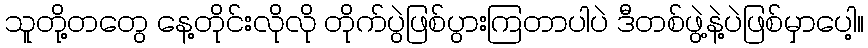
သူတို့တတွေ နေ့တိုင်းလိုလို တိုက်ပွဲဖြစ်ပွားကြတာပါပဲ ဒီတစ်ဖွဲ့နဲ့ပဲဖြစ်မှာပေါ့။